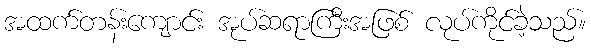
အထက်တန်းကျောင်း အုပ်ဆရာကြီးအဖြစ် လုပ်ကိုင်ခဲ့သည်။